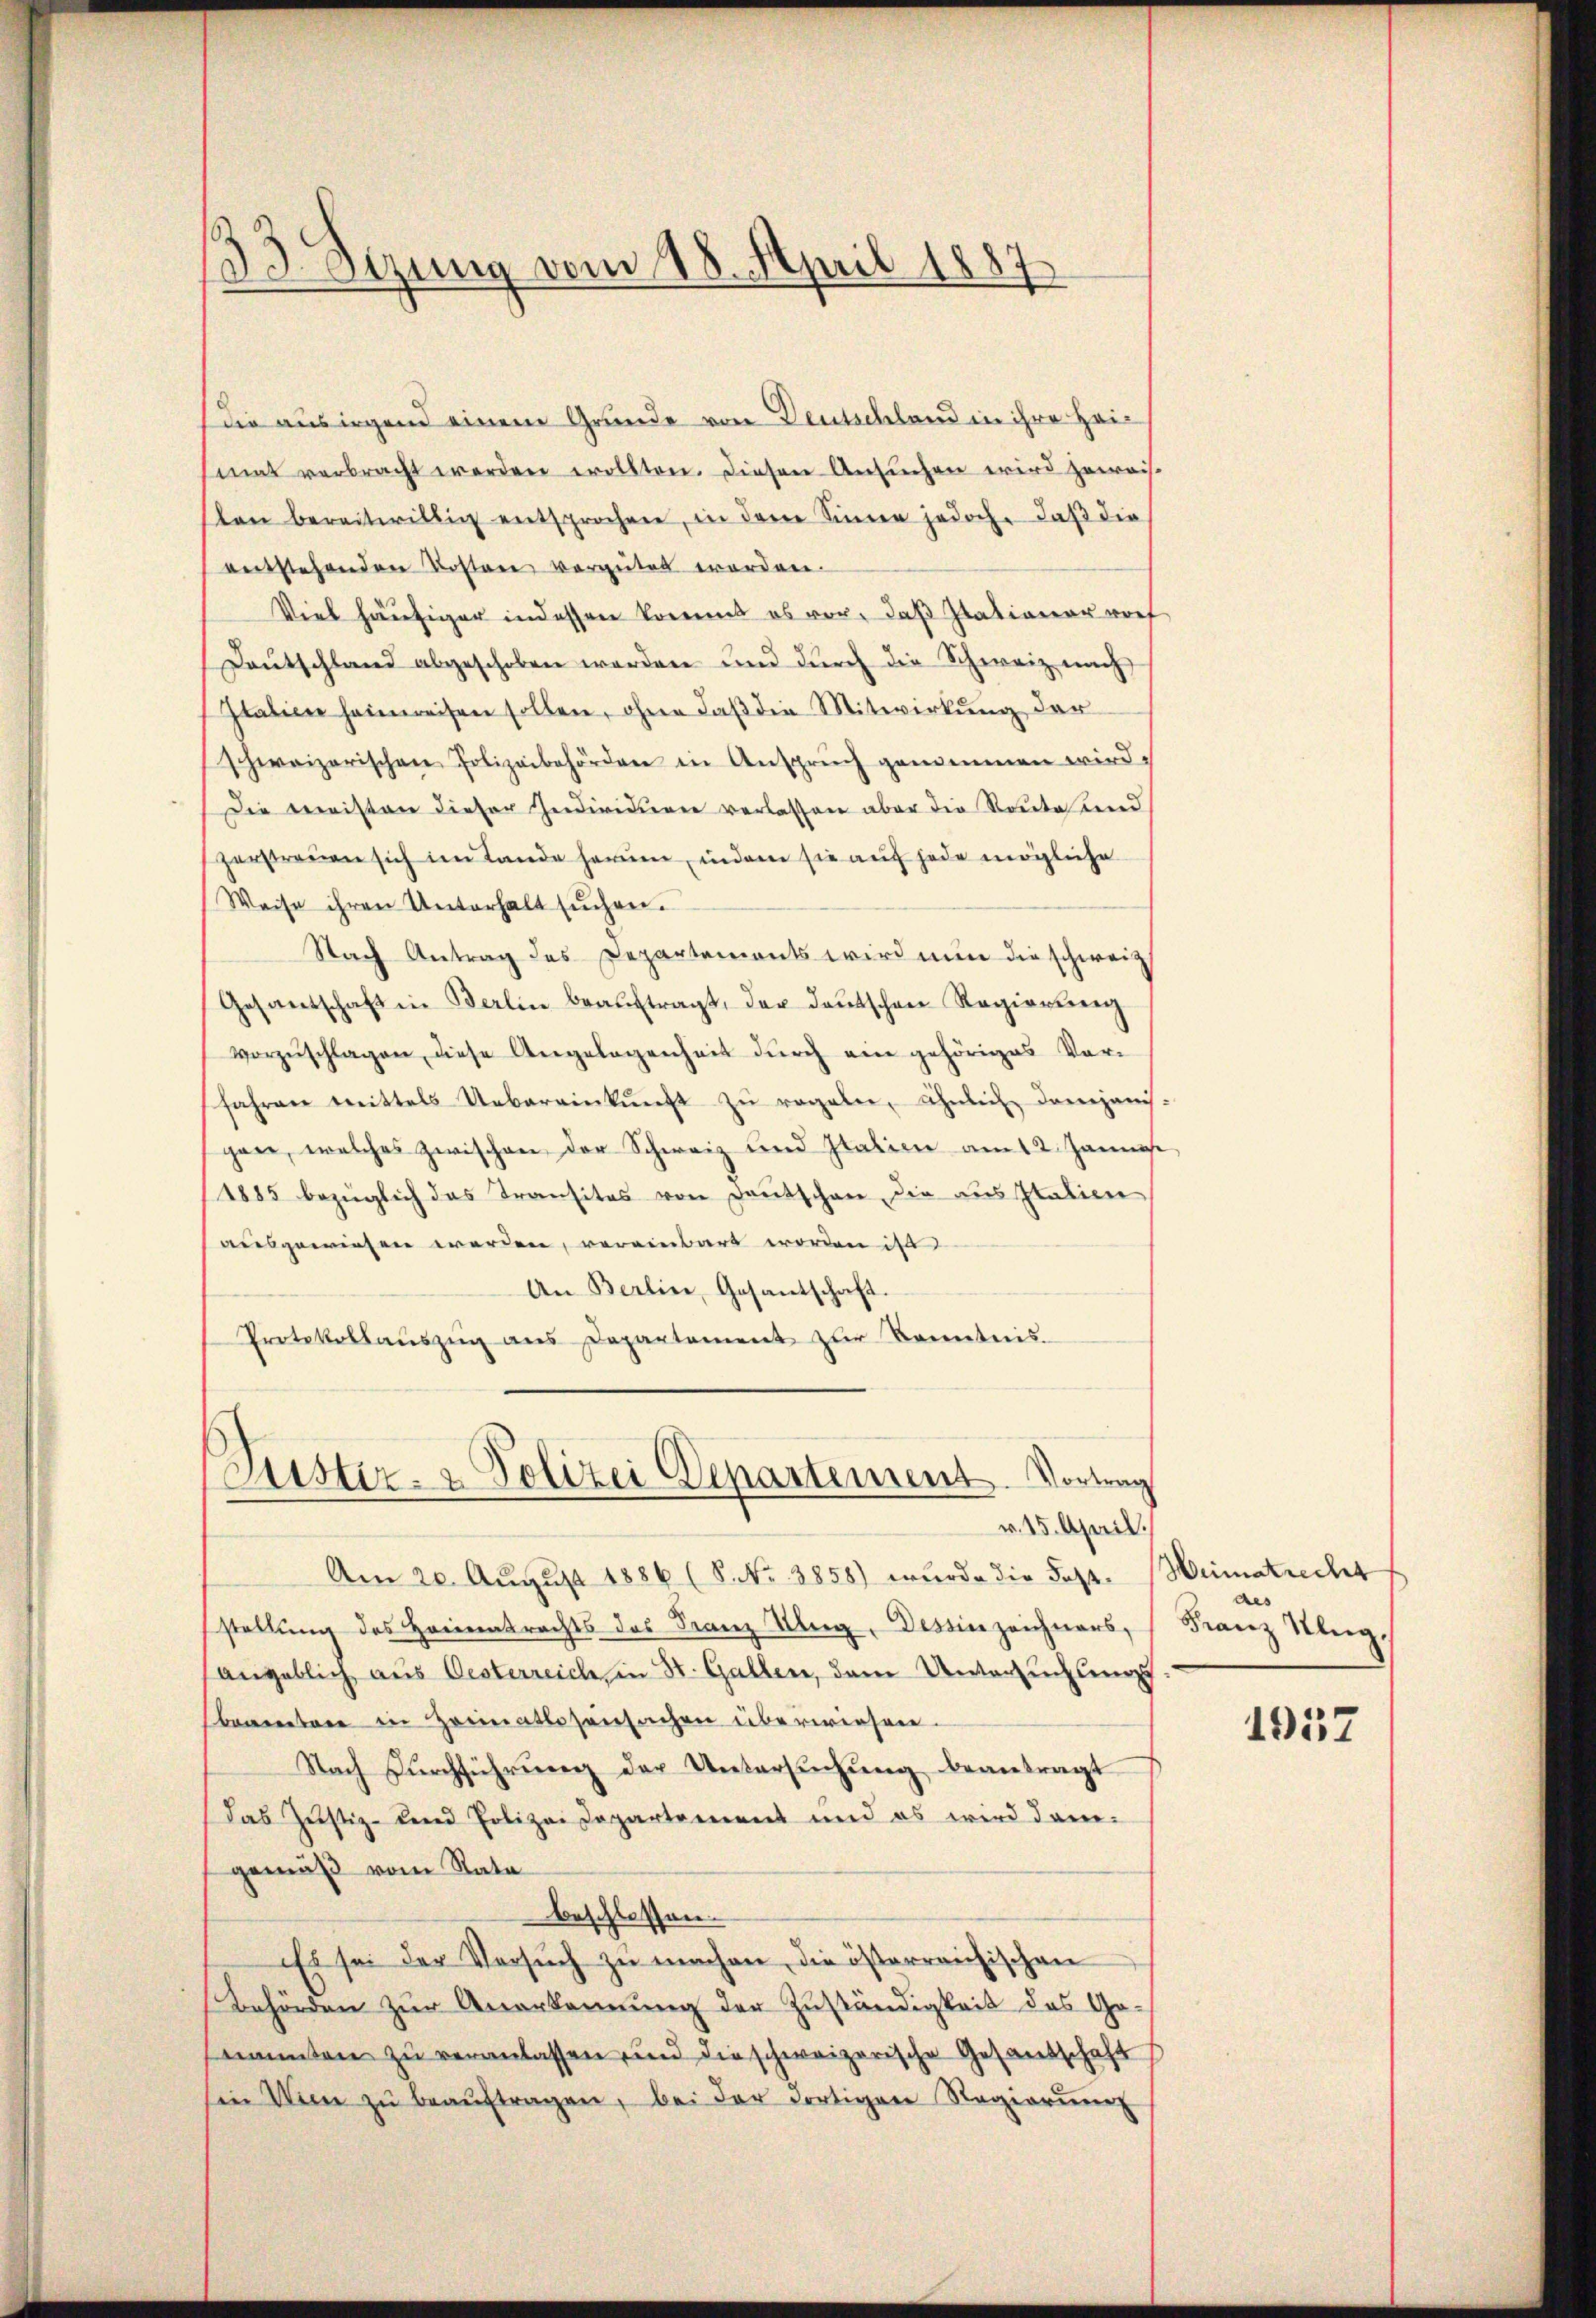
Die aus irgend einem Grunde von Deutschland in ihre Heimat verbracht werden wollten. Diesen Ansuchen wird zuweis-
len bereitwillig entsprochen, in dem Sinne jedoch, daβ die
entstehenden Kosten vergütet worden.
Viel häufiger indessen kommt es vor, daß stationer vorf
Daŭtschland abgeschoben werden und durch die Schweiz nach
Italien heimreisen sollen, ohne daβ die Mitwirkung der
schweizerischen Polizeibehörden in Anspruch genommen wird.
Die Beweisten dieser Gedividiren verlassen aber die Route und
zerstreuen sich im Lande herum, indem sie auf jede mögliche
Weise ihren Unterhalt sŭchen.
Nach Antrag des Departements wird nun die schweiz
Gesandschaft in Berlin beaŭftragt, der deutschen Regierung
vorzŭschlagen, diese Angelegenheit dŭrch ein gehöriges Vor-
fahren mittels Uebereinkŭnft zŭ regale, ähnlich dampanis-
gen, welches zwischen der Schweiz und Italien am 12. Jannes,
1885 bezüglich das Transitas von Deutschen die aus Italien
ausgewiesen werden, vereinbart worden ist
An Berlin, Gesantschaft.
Protokollaŭszŭg ans Departement zur Kenntnis.

.
Sizung vom 18. April 1887

Justiz- & Polizei Departement. Vortrag
v. 15. April.

Am 20. August 1886 (S. Nr. 3858) wurde die Feststellung des Heimatrechts des Franz Ung. Tessin zeichners,
(angeblich aus Oesterreich in St. Gallen, dem Untersuchungs
beamten in Heimatlosensachen überwiesen.
Nach Durchführung der Untersuchung beantragt
Das Justiz- und Polizei Departement und es wird dam
gemäß vom Rata
beschlossen.
Es sei der Versŭch zŭ machen, die österreichischen
Behörden zur Anerkennung der Zuständigkeit des Genannten zu veranlassen und die schweizerische Gesandschaft
Ein Wien zŭ beaŭftragen, bei der dortiger Regierung

Heimatrecht
d
Franz Klug.

1057